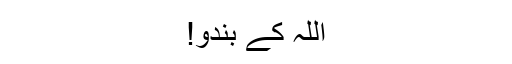
اللہ کے بندو!